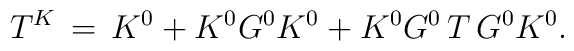
T^K\,=\,K^0+K^0G^0K^0+K^0G^0\,T\,G^0K^0.